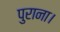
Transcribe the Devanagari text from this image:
पुराना।